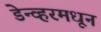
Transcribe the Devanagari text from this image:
डेन्व्हरमधून